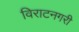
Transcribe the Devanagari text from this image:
विराटनगरी